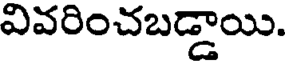
వివరించబడ్డాయి.